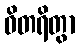
ဝိတရိတွာ